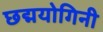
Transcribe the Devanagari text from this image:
छद्मयोगिनी